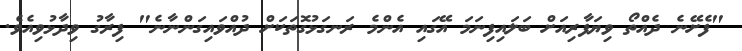
"ފެށޭނެ ދެއްތޯ ވިޔަފާރިއަށް ބަލައިފިނަމަ އޭގައި އެންމެ ރަނގަޅުގޮތަކަށް ދުއްވައިގަންނާނެ" ފިރާގު ވިދާޅުވިއެވެ.